Scottish Leaving Certificate Examination, 1960
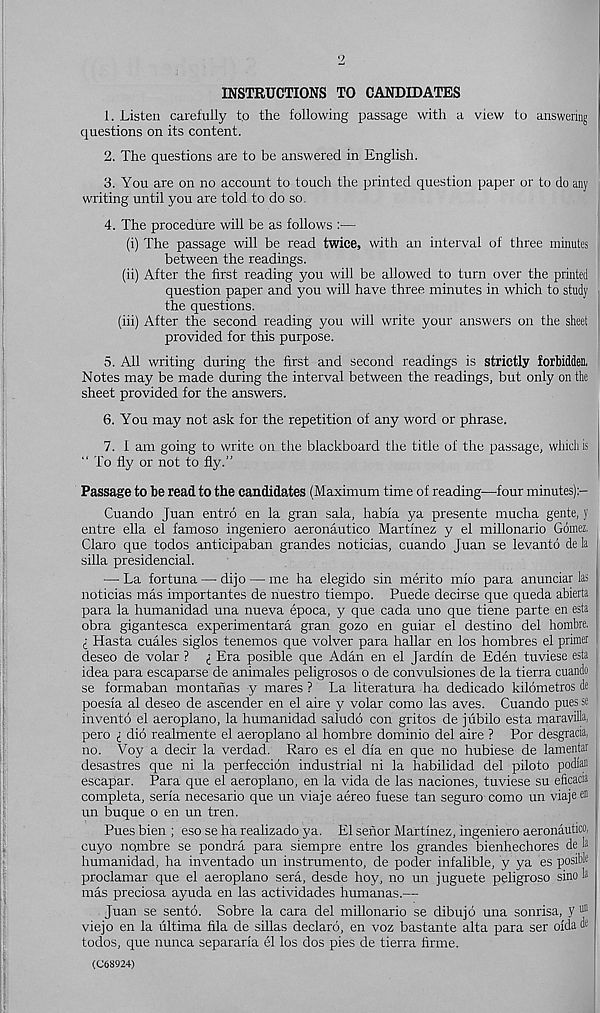
INSTRUCTIONS TO CANDIDATES
1. Listen carefully to the following passage with a view to answering
questions on its content.
2. The questions are to be answered in English.
3. You are on no account to touch the printed question paper or to do any
writing until you are told to do so.
4. The procedure will be as follows :—
(i) The passage will be read twice, with an interval of three minutes
between the readings.
(ii) After the first reading you will be allowed to turn over the printed
question paper and you will have three minutes in which to study
the questions.
(iii) After the second reading you will write your answers on the sheet
provided for this purpose.
5. All writing during the first and second readings is strictly forbidden,
Notes may be made during the interval between the readings, but only on the
sheet provided for the answers.
6. You may not ask for the repetition of any word or phrase.
7. 1 am going to write on the blackboard the title of the passage, wliicli is
“ To fly or not to fly.”
Passage to be read to the candidates (Maximum time of reading—-four minutes)
Cuando Juan entro en la gran sala, habia ya presente mucha gente, y
entre ella el famoso ingeniero aeronautico Martinez y el millonario Gomez,
Claro que todos anticipaban grandes noticias, cuando Juan se levanto de la
silla presidencial.
— La fortuna — dijo — me ha elegido sin merito mio para anunciar las
noticias mas importantes de nuestro tiempo. Puede decirse que queda abierta
para la humanidad una nueva epoca, y que cada uno que tiene parte en esta
obra gigantesca experimentara gran gozo en guiar el destine del hombre.
I Hasta cuales siglos tenemos que volver para hallar en los hombres el primer
deseo de volar ? <; Era posible que Adan en el Jardin de Eden tuviese esta
idea para escaparse de animales peligrosos o de convulsiones de la tierra cuando
se formaban montanas y mares ? La literatura ha dedicado kilometros de
poesia al deseo de ascender en el aire y volar como las aves. Cuando pues se
invento el aeroplano, la humanidad saludo con gritos de jubilo esta maravilh.
pero i dio realmente el aeroplano al hombre dominio del aire ? Por desgracia,
no. Voy a decir la verdad. Raro es el dia en que no hubiese de lamentar
desastres que ni la perfeccion industrial ni la habilidad del piloto podlan
escapar. Para que el aeroplano, en la vida de las naciones, tuviese su eficacra
completa, seria necesario que un viaje aereo fuese tan seguro como un viajeen
un buque o en un tren.
Pues bien ; eso se ha realizado ya. El sehor Martinez, ingeniero aeronautico,
cuyo nojnbre se pondra para siempre entre los grandes bienhechores de la
humanidad, ha inventado un instrumento, de poder infalible, y ya es posible
proclamar que el aeroplano sera, desde hoy, no un juguete peligroso sino la
mas preciosa ayuda en las actividades humanas.—
Juan se sento. Sobre la cara del millonario se dibujo una sonrisa, V 1111
viejo en la ultima fila de sillas declare, en voz bastante alta para ser oida
todos, que nunca separaria el los dos pies de tierra firme.
(C68924)